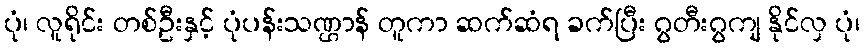
ပုံ၊ လူရိုင်း တစ်ဦးနှင့် ပုံပန်းသဏ္ဌာန် တူကာ ဆက်ဆံရ ခက်ပြီး ဂွတီးဂွကျ နိုင်လှ ပုံ၊